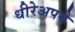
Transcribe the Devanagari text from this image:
धीरेअपने